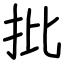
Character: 批